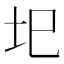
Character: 圯